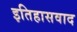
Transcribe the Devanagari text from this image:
इतिहासवाद